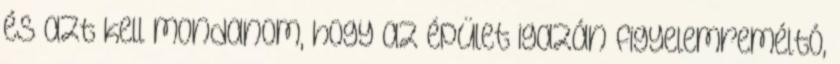
és azt kell mondanom, hogy az épület igazán figyelemreméltó,